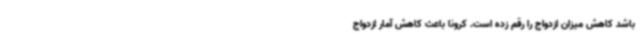
باشد کاهش میزان ازدواج را رقم زده است. کرونا باعث کاهش آمار ازدواج